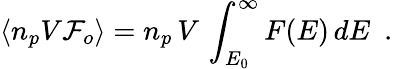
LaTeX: \langle n_{p}V{\cal F}_{o}\rangle=n_{p}\, V\, \int_{E_{0}}^{\infty}F(E)\, dE\, \, \, .